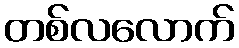
တစ်လလောက်